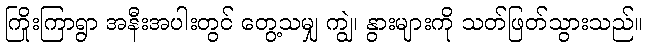
ကြိုးကြာရွာ အနီးအပါးတွင် တွေ့သမျှ ကျွဲ၊ နွားများကို သတ်ဖြတ်သွားသည်။